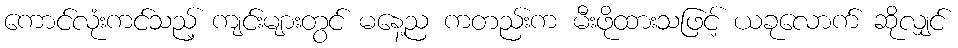
ကောင်လုံးကင်သည့် ကျင်းများတွင် မနေ့ည ကတည်းက မီးဖိုထားသဖြင့် ယခုလောက် ဆိုလျှင်